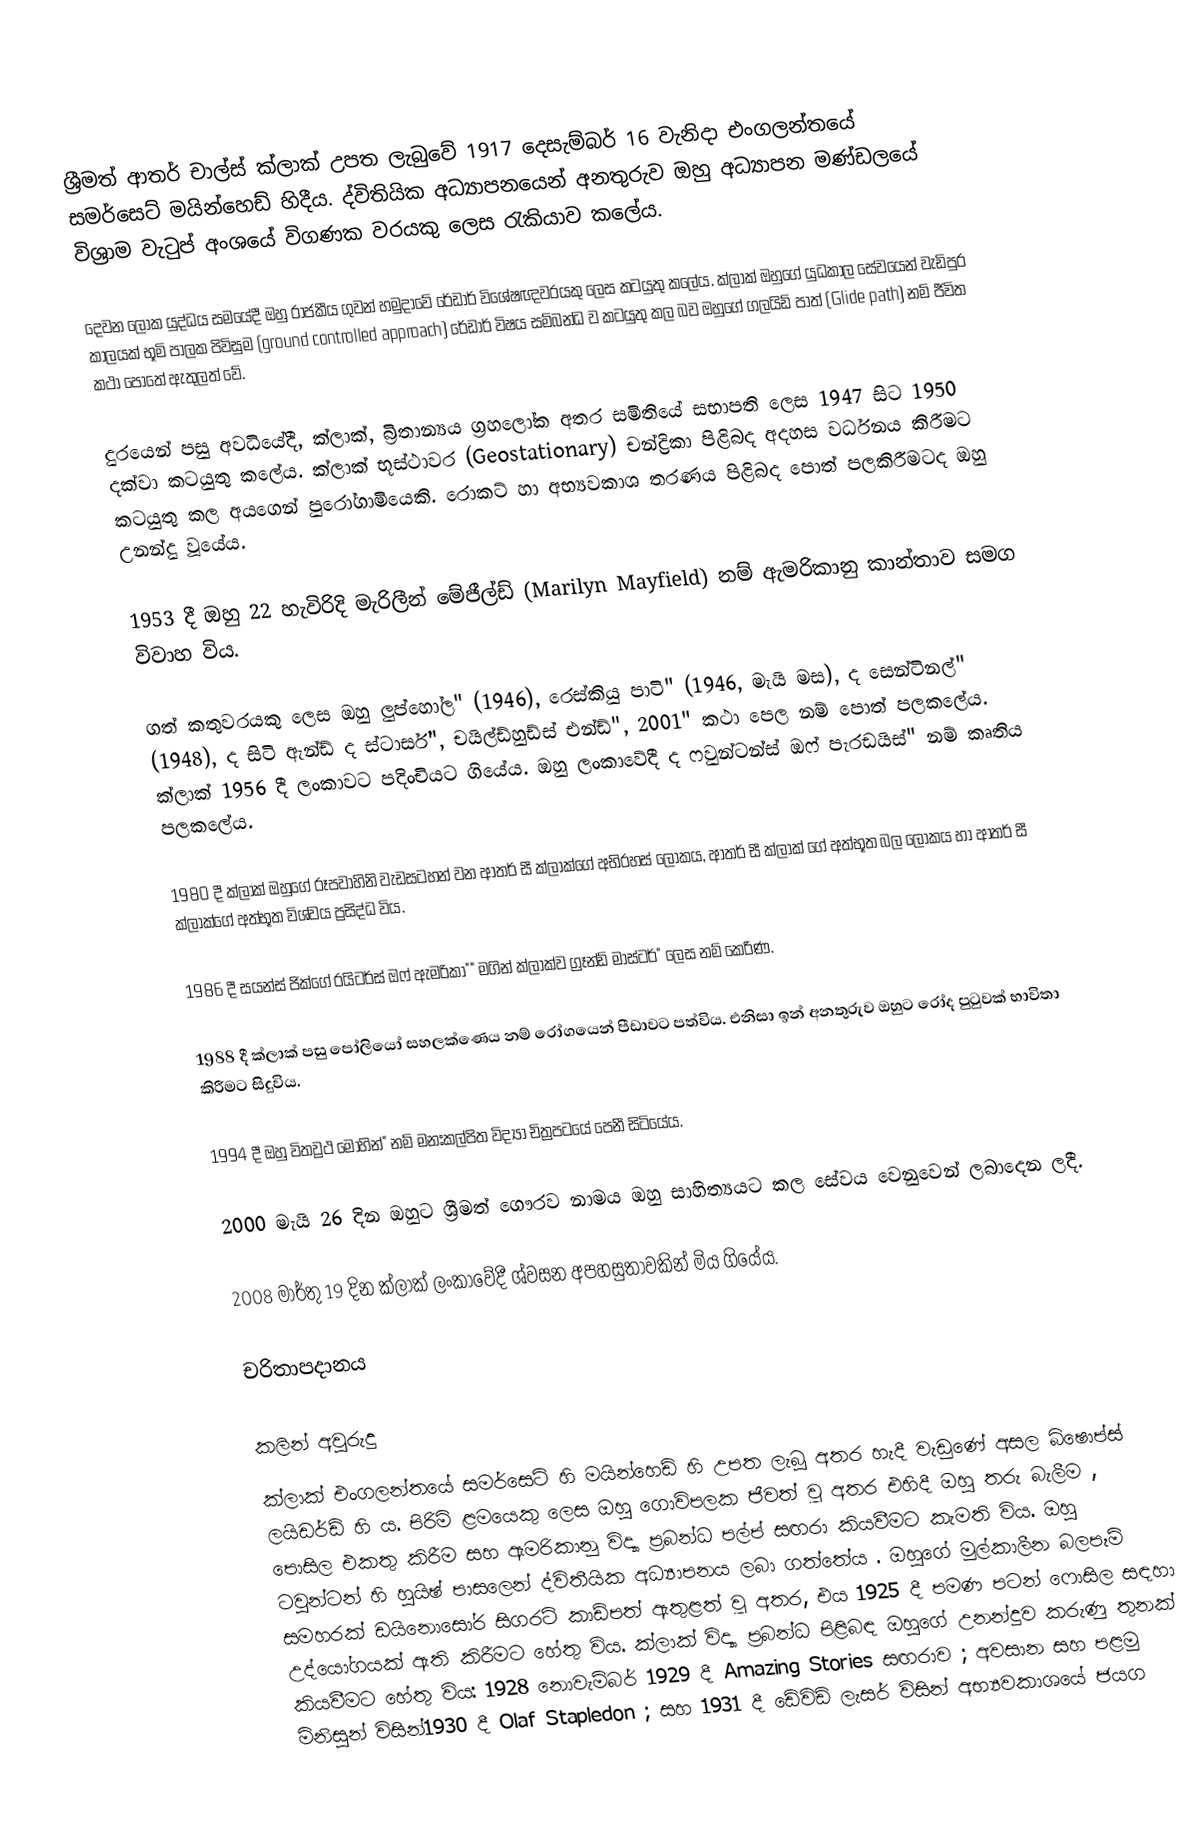
ශ්‍රීමත් ආතර් චාල්ස් ක්ලාක් උපත ලැබුවේ 1917 දෙසැම්බර් 16 වැනිදා එංගලන්තයේ සමර්සෙට් මයින්හෙඩ් හිදීය. ද්විතියික අධ්‍යාපනයෙන් අනතුරුව ඔහු අධ්‍යාපන මණ්ඩලයේ විශ්‍රාම වැටුප් අංශයේ විගණක වරයකු ලෙස රැකියාව කලේය.

දෙවන ලෝක යුද්ධය සමයේදී ඔහු රාජකීය ගුවන් හමුදාවේ රේඩාර් විශේෂඥවරයකු ලෙස කටයුතු කලේය. ක්ලාක් ඔහුගේ යුධකාල සේවයෙන් වැඩිපුර කාලයක් භූමි පාලක පිවිසුම (ground controlled approach) රේඩාර් විෂය සම්බන්ධ ව කටයුතු කල බව ඔහුගේ ගලයිඩ් පාත් (Glide path) නම් ජීවිත කථා පොතේ ඇතුලත් වේ.

දුරයෙන් පසු අවධියේදී, ක්ලාක්, බ්‍රිතාන්‍යය ග්‍රහලෝක අතර සමිතියේ සභාපති ලෙස 1947 සිට 1950 දක්වා කටයුතු කලේය. ක්ලාක් භූස්ථාවර (Geostationary) චන්ද්‍රිකා පිළිබද අදහස වර්ධනය කිරීමට කටයුතු කල අයගෙන් පුරෝගාමියෙකි. රොකට් හා අභ්‍යවකාශ තරණය පිළිබද පොත් පලකිරීමටද ඔහු උනන්දු වූයේය.

1953 දී ඔහු 22 හැවිරිදි මැරිලීන් මේජීල්ඩ් (Marilyn Mayfield) නම් ඇමරිකානු කාන්තාව සමග විවාහ විය.

ගත් කතුවරයකු ලෙස ඔහු ලුප්හෝල" (1946), රෙස්කියු පාටි" (1946, මැයි මස), ද සෙන්ටිනල්" (1948), ද සිටි ඇන්ඩ් ද ස්ටාර්ස්", චයිල්ඩ්හුඩ්ස් එන්ඩ්", 2001" කථා පෙල නම් පොත් පල‍කලේය. ක්ලාක් 1956 දී ලංකාවට පදිංචියට ගියේය. ඔහු ලංකාවේදී ද ෆවුන්ටන්ස් ඔෆ් පැරඩයිස්" නම් කෘතිය පලකලේය.

1980 දී ක්ලාක් ඔහුගේ රූපවාහිනි වැඩසටහන් වන ආතර් සී ක්ලාක්ගේ අභිරහස් ලෝකය, ආතර් සී ක්ලාක් ගේ අත්භූත බල ලෝකය හා ආතර් සී ක්ලාක්ගේ අත්භූත විශ්වය ප්‍රසිද්ධ විය.

1986 දී සයන්ස් ජික්ගේ රයිටර්ස් ඔෆ් ඇමරිකා"" මගින් ක්ලාක්ව ග්‍රෑන්ඩ් මාස්ටර්" ලෙස නම් කෙරිණ.

1988 දී ක්ලාක් පසු පෝලි‍යෝ සහලක්ණෙය නම් රෝගයෙන් පීඩාවට පත්විය. එනිසා ඉන් අනතුරුව ඔහුට රෝද පුටුවක් භාවිතා කිරීමට සිදුවිය.

1994 දී ඔහු විතව්‍රථ මොහින්" නම් මනඃකල්පිත විද්‍යා චිත්‍රපටයේ පෙනී සිටියේය.

2000 මැයි 26 දින ඔහුට ශ්‍රීමත් ‍ගෞරව නාමය ඔහු සාහිත්‍යයට කල සේවය වෙනුවෙන් ලබා‍දෙන ලදී.

2008 මාර්තු 19 දින ක්ලාක් ලංකාවේදී ශ්වසන අපහසුතාවකින් මිය ගියේය.

චරිතාපදානය

කලින් අවුරුදු
ක්ලාක් එංගලන්තයේ සමර්සෙට් හි මයින්හෙඩ් හි උපත ලැබූ අතර  හැදී වැඩුණේ අසල බිෂොප්ස් ලයිඩර්ඩ් හි ය. පිරිමි ළමයෙකු ලෙස ඔහු ගොවිපලක ජීවත් වූ අතර එහිදී ඔහු තරු බැලීම , පොසිල එකතු කිරීම සහ ඇමරිකානු විද්‍යා ප්‍රබන්ධ පල්ප් සඟරා කියවීමට කැමති විය. ඔහු ටවුන්ටන් හි හුයිෂ් පාසලෙන් ද්විතීයික අධ්‍යාපනය ලබා ගත්තේය . ඔහුගේ මුල්කාලීන බලපෑම් සමහරක් ඩයිනොසෝර සිගරට් කාඩ්පත් ඇතුළත් වූ අතර, එය 1925 දී පමණ පටන් ෆොසිල සඳහා උද්යෝගයක් ඇති කිරීමට හේතු විය. ක්ලාක් විද්‍යා ප්‍රබන්ධ පිළිබඳ ඔහුගේ උනන්දුව කරුණු තුනක් කියවීමට හේතු විය: 1928 නොවැම්බර් 1929 දී Amazing Stories සඟරාව ; අවසාන සහ පළමු මිනිසුන් විසින්1930 දී Olaf Stapledon ; සහ 1931 දී ඩේවිඩ් ලැසර් විසින් අභ්‍යවකාශයේ ජයග